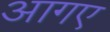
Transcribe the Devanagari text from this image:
आगए